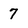
Character: 7